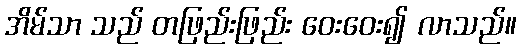
အိမ်သာ သည် တဖြည်းဖြည်း ဝေးဝေး၍ လာသည်။